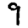
Digit: 9